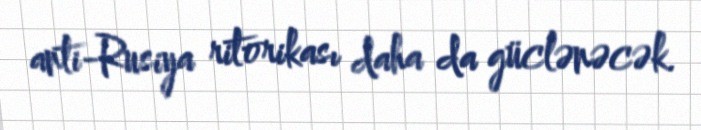
anti-Rusiya ritorikası daha da güclənəcək.